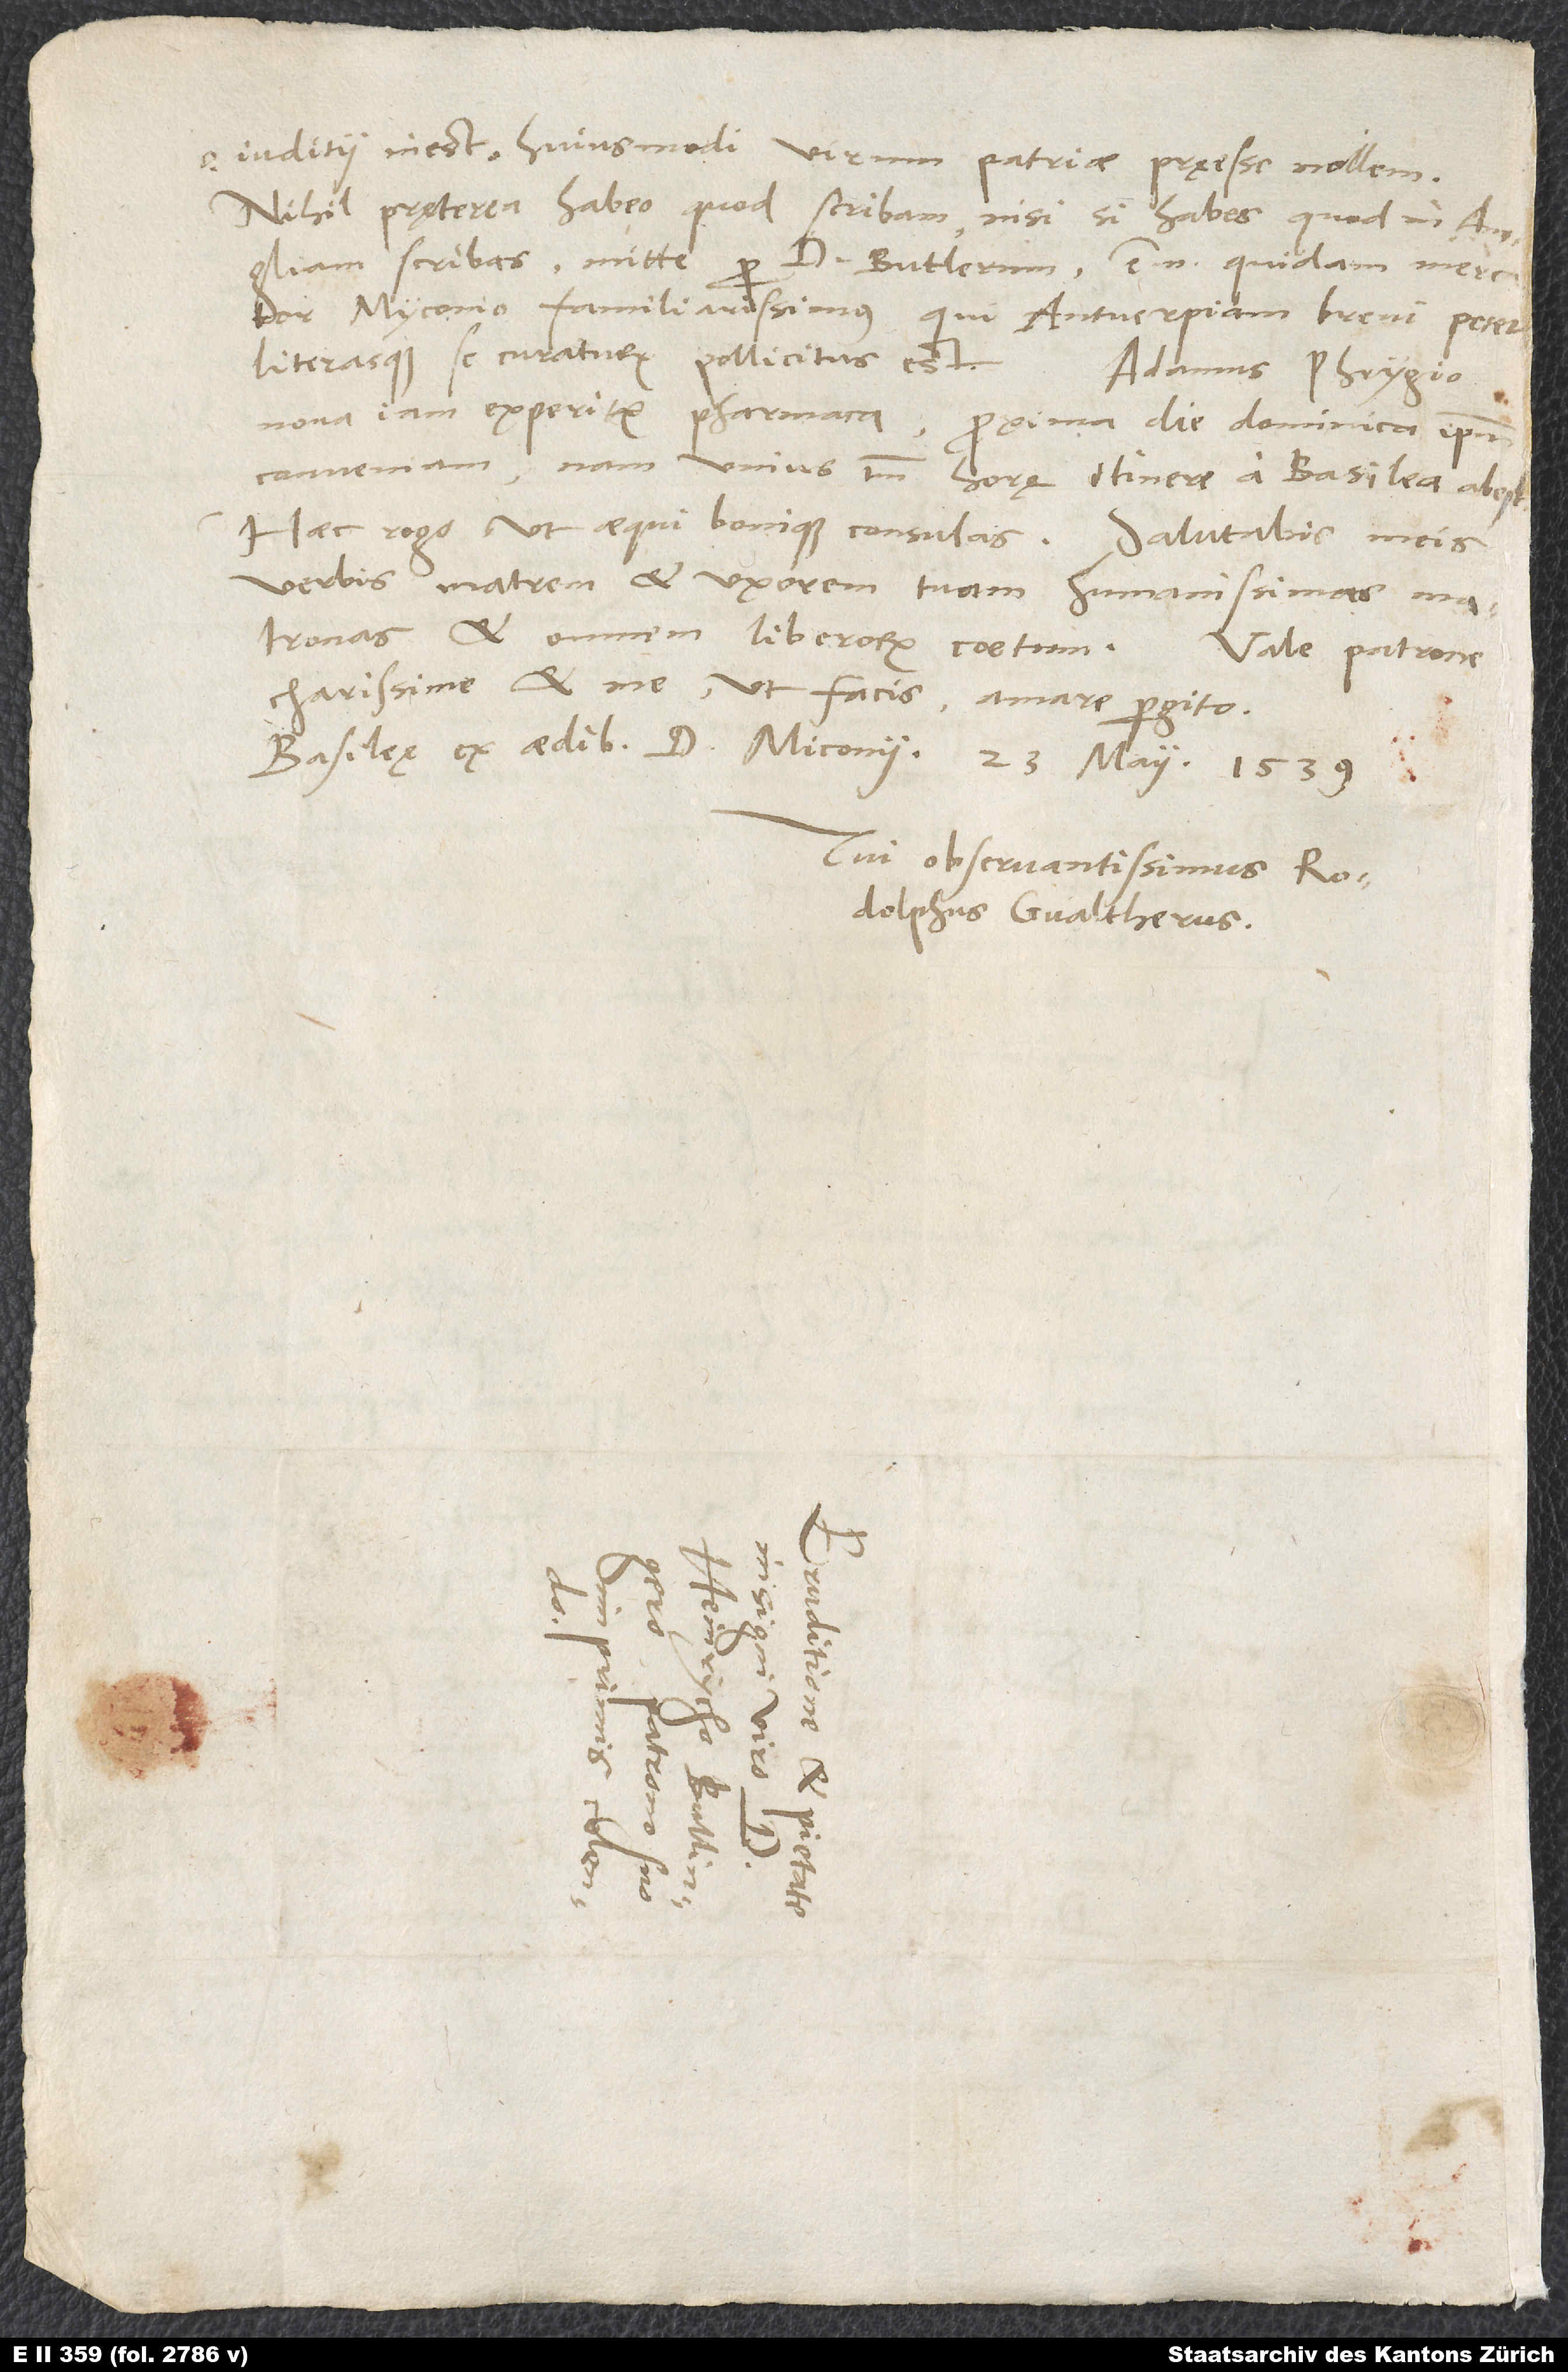
iuditii inest, huiusmodi virum patriae pręesse nollem.
Nihil pręterea habeo, quod scribam, nisi si habes, quod in Angliam
scribas, mitte per d. Butlerum; est enim quidam mercator
Myconio familiarissimus, qui Antverpiam brevi petet
literasque se curaturum pollicitus est.
Adamus Phrygio
nova iam experitur pharmaca. Proxima die dominica ipsum
conveniam; nam unius tantum horę itinere a Basilea abest.
Haec rogo, ut aequi bonique consulas. Salutabis meis
verbis matrem et uxorem tuam, humanissimas matronas,
et omnem liberorum coetum.
Vale, patrone
charissime, et me, ut facis, amare pergito.
Basileę, ex aedibus d. Miconii, 23. maii 1539.
Tui observantissimus Rodolphus